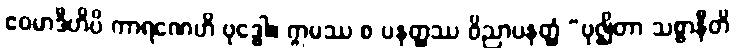
ဧဝမာဒီဟိပိ ကာရဏေဟိ ဗုဒ္ဓေါ။ ဣမဿ စ ပနတ္ထဿ ဝိညာပနတ္ထံ “ဗုဇ္ဈိတာ သစ္စာနီတိ